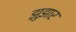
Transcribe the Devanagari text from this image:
झुझार